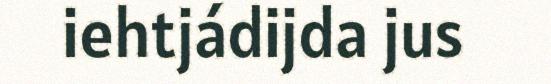
iehtjádijda jus